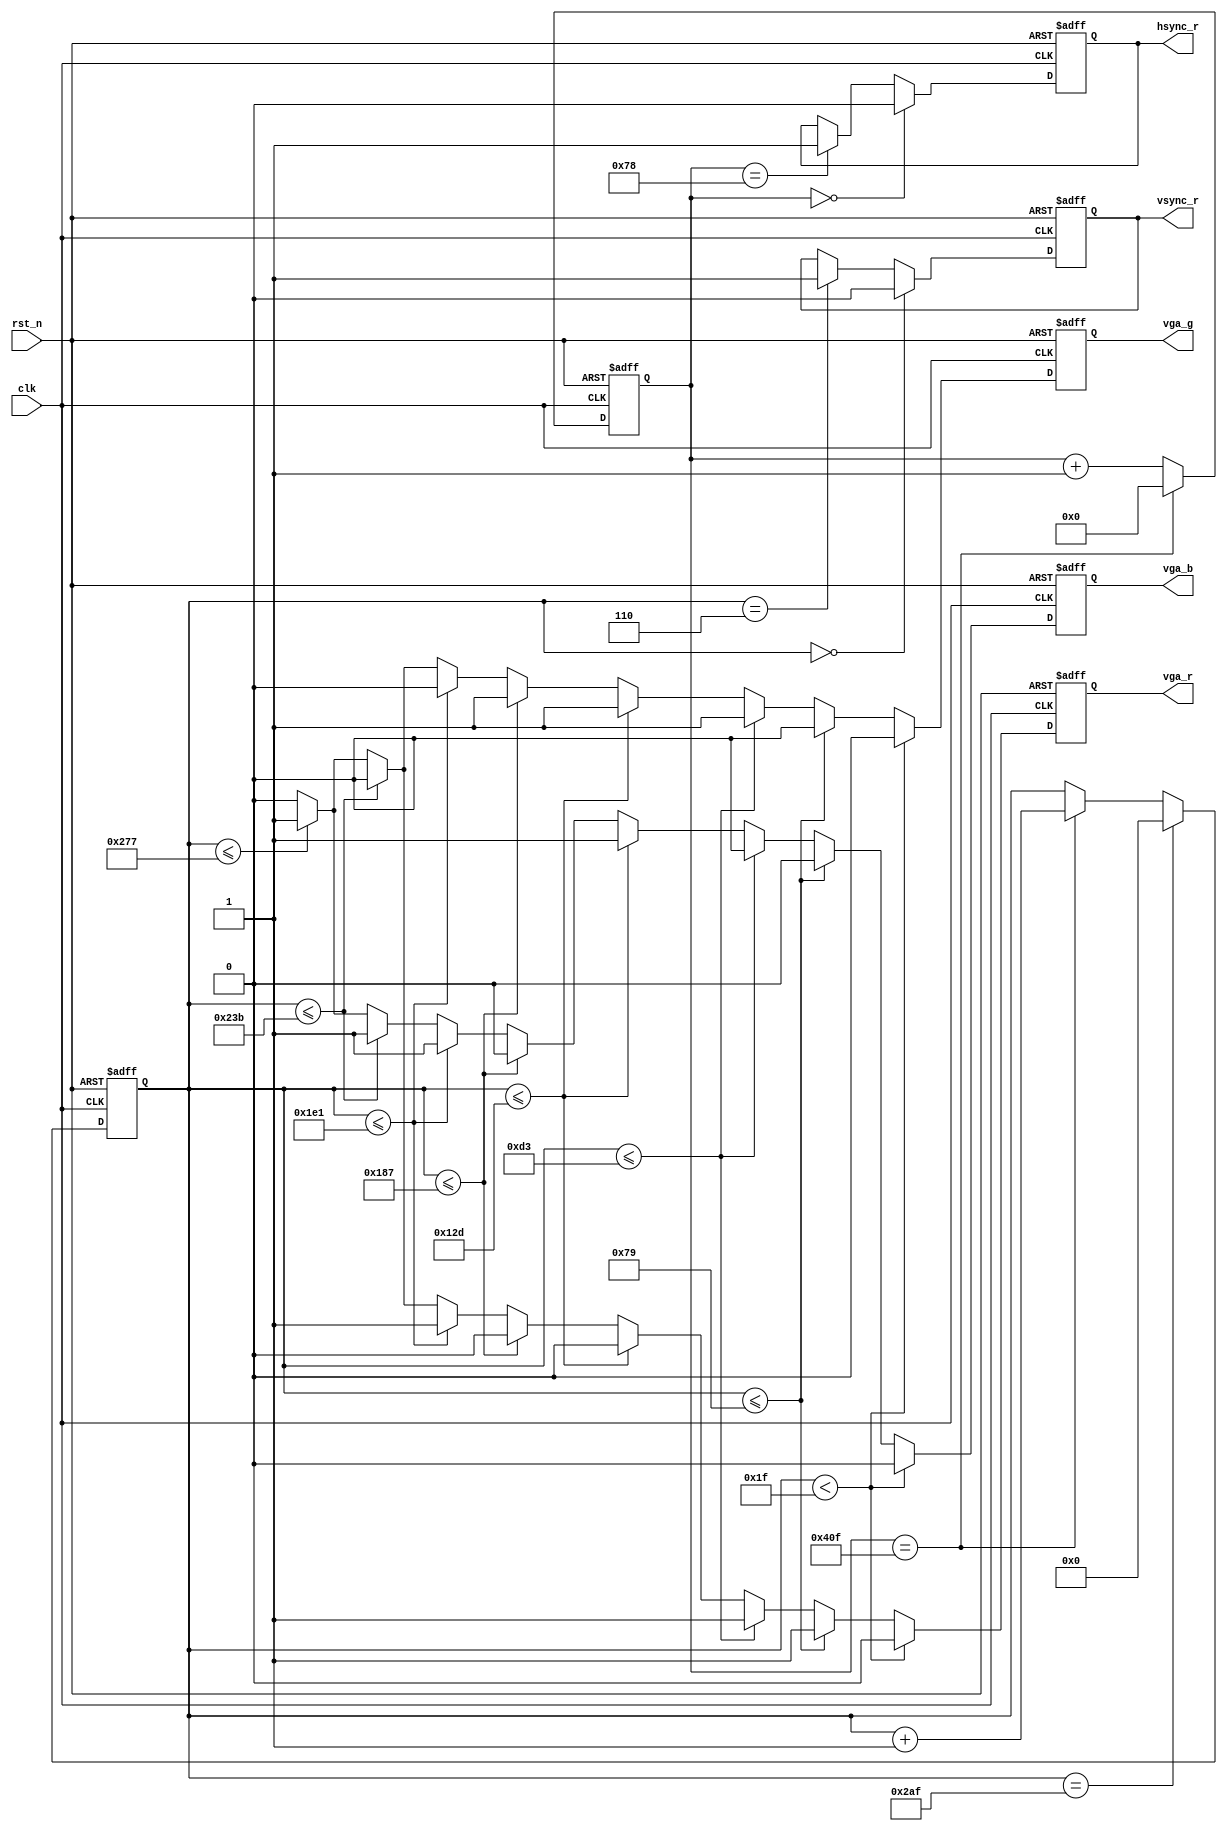
module vga(clk,rst_n,vga_r,vga_g,vga_b,hsync_r,vsync_r);
input clk,rst_n;
output vga_r,vga_g,vga_b,vsync_r,hsync_r;
reg [11:0] x_cnt;
reg [9:0] y_cnt;
reg hsync_r;
reg vsync_r;

always @ (posedge clk or negedge rst_n) begin
	if(!rst_n) x_cnt <= 0;
	else if(x_cnt == 12'd1039) x_cnt <= 0;
	else x_cnt <= x_cnt + 1'b1;
end

always @ (posedge clk or negedge rst_n) begin
	if(!rst_n) y_cnt <= 0;
	else if(y_cnt == 10'd687) y_cnt <= 0;
	else if(x_cnt == 12'd1039) y_cnt <= y_cnt + 1'b1;
end

always @ (posedge clk or negedge rst_n) begin
	if(!rst_n) hsync_r <= 1;
	else if(x_cnt == 0) hsync_r <= 0;
	else if(x_cnt == 12'd120) hsync_r <= 1;
end

always @ (posedge clk or negedge rst_n) begin
	if(!rst_n) vsync_r <= 1;
	else if(y_cnt == 0) vsync_r <= 0;
	else if(y_cnt == 10'd6) vsync_r <= 1;
end

reg vga_r,vga_g,vga_b;

always @ (posedge clk or negedge rst_n) begin
	if(!rst_n) begin
		vga_r <= 0;
		vga_g <= 0;
		vga_b <= 0;
	end else begin
		if(y_cnt < 10'd31) begin vga_r <= 0; vga_g <= 0; vga_b <= 0; end
		else if(y_cnt <= 10'd121) begin vga_r <= 1; vga_g <= 0; vga_b <= 0; end
		else if(y_cnt <= 10'd211) begin vga_r <= 1; vga_g <= 1; vga_b <= 0; end
		else if(y_cnt <= 10'd301) begin vga_r <= 0; vga_g <= 1; vga_b <= 1; end
		else if(y_cnt <= 10'd391) begin vga_r <= 0; vga_g <= 1; vga_b <= 0; end
		else if(y_cnt <= 10'd481) begin vga_r <= 1; vga_g <= 0; vga_b <= 1; end
		else if(y_cnt <= 10'd571) begin vga_r <= 0; vga_g <= 0; vga_b <= 1; end
		else if(y_cnt <= 10'd631) begin vga_r <= 1; vga_g <= 1; vga_b <= 1; end
		else begin vga_r <= 0; vga_g <= 0; vga_b <= 0; end
	end
end

endmodule